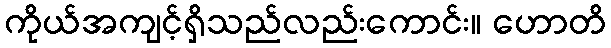
ကိုယ်အကျင့်ရှိသည်လည်းကောင်း။ ဟောတိ